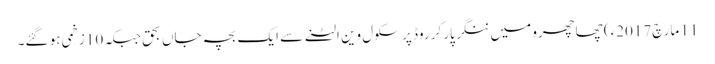
11 مارچ2017ء) چھاچھرو میں ننگر پارکر روڈ پر سکول وین الٹنے سے ایک بچہ جاں بحق جبکہ 10 زخمی ہو گئے۔